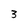
Character: 3